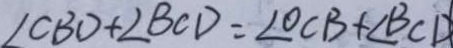
\angle C B D + \angle B C D = \angle O C B + \angle B C D